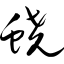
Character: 蛲